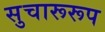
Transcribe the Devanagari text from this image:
सुचारूरूप